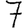
Digit: 7